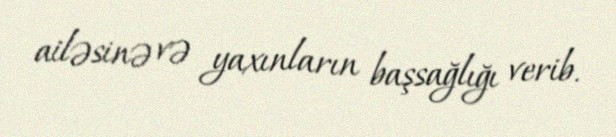
ailəsinə və yaxınların başsağlığı verib.